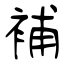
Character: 補